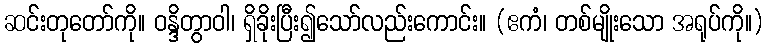
ဆင်းတုတော်ကို။ ဝန္ဒိတွာဝါ၊ ရှိခိုးပြီး၍သော်လည်းကောင်း။ (ဧကံ၊ တစ်မျိုးသော အရုပ်ကို။)